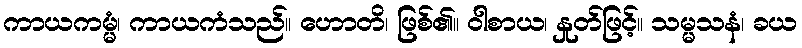
ကာယကမ္မံ၊ ကာယကံသည်။ ဟောတိ၊ ဖြစ်၏။ ဝါစာယ၊ နှုတ်ဖြင့်။ သမ္မသနံ၊ ခယ